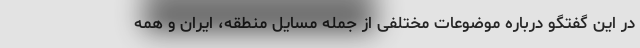
در این گفتگو درباره موضوعات مختلفی از جمله مسایل منطقه، ایران و همه